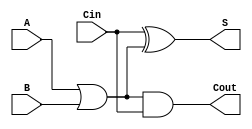
module approximate_full_adder(A, B, Cin, S, Cout);
 input A, B, Cin;
 output S, Cout;

 wire W;

 assign W = A | B;
 assign S = Cin ^ W;
 assign Cout = W & Cin;

endmodule